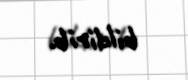
bildirib.